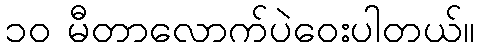
၁၀ မီတာလောက်ပဲဝေးပါတယ်။